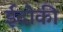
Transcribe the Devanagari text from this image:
ईदोकी